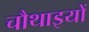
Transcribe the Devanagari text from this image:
चौथाइयों